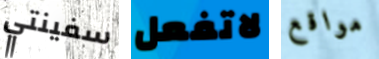
سفينتي لاتفعل مواقع